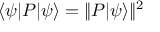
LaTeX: \langle \psi | P | \psi \rangle = \Vert P | \psi \rangle \Vert ^ { 2 }